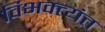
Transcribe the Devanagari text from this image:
विभक्त्यंत